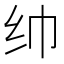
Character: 𱺒